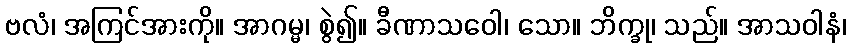
ဗလံ၊ အကြင်အားကို။ အာဂမ္မ၊ စွဲ၍။ ခီဏာသဝေါ၊ သော။ ဘိက္ခု၊ သည်။ အာသဝါနံ၊